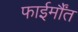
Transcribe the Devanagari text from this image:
फाईर्मौंत